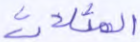
المثلات